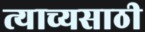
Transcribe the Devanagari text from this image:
त्याच्यसाठी